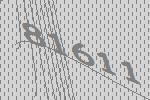
81611